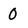
Character: 0